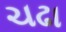
ચઢા